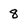
Character: 8